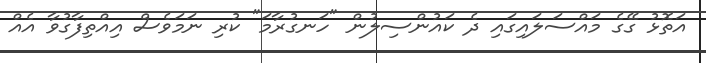
އަތޮޅު ގޭގެ މައްސަލައިގައި ދެ ކައުންސިލުން "ހަނގުރާމަ" ކުރި ނަމަވެސް އިއްތިފާގުވާ އެއް